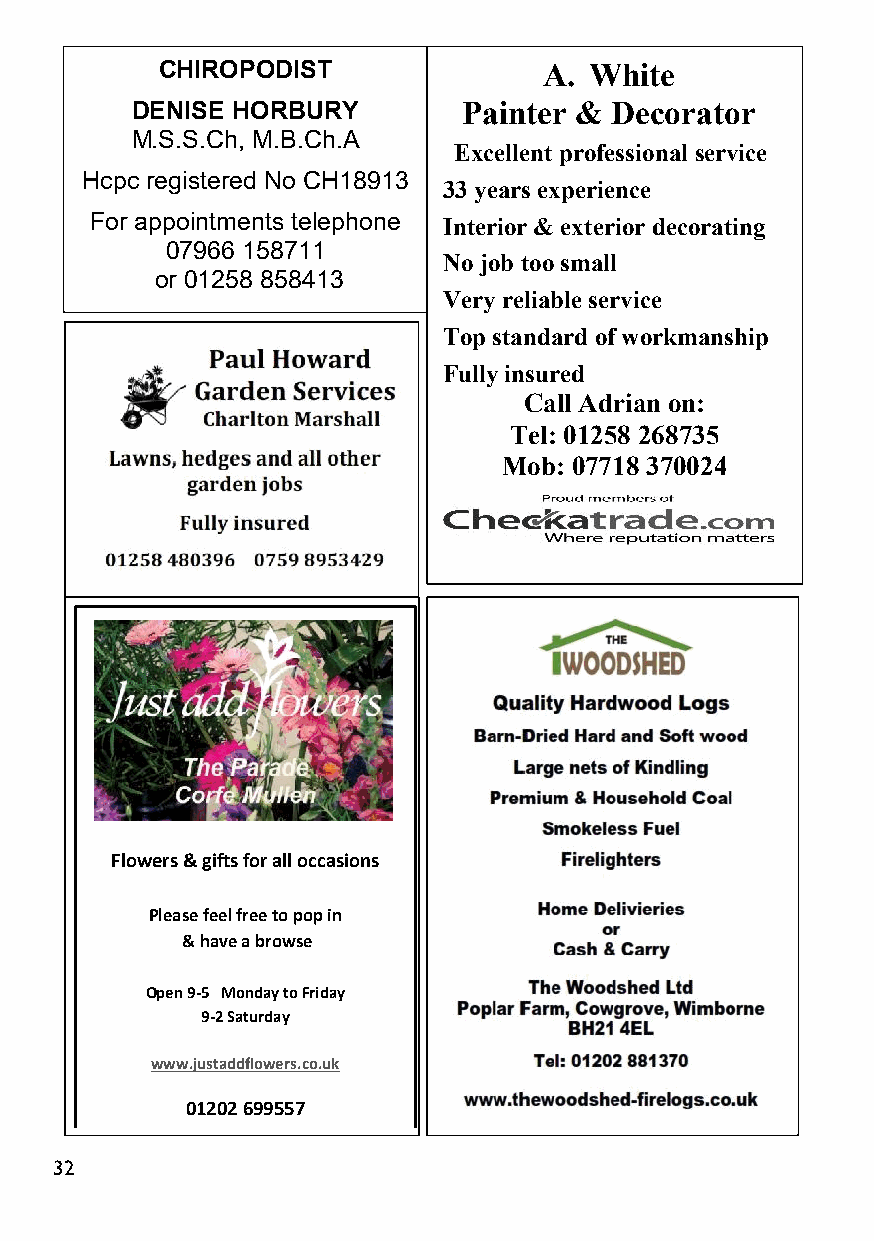
CHIROPODIST               A. White
 DENISE HORBURY        Painter & Decorator
 M.S.S.Ch, M.B.Ch.A
 Excellent professional service
 Hcpc registered No CH18913
 33 years experience
 For appointments telephone  Interior & exterior decorating
 07966 158711
  No job too small
 or 01258 858413
  Very reliable service
  Top standard of workmanship
  Fully insured
 Call Adrian on:
 Tel: 01258 268735
 Mob: 07718 370024
 Flowers& giftsfor all occasions
 Please feel free to pop in
 &have a browse
 Open 9-5 Monday toFriday
 9-2Saturday
 www.justaddflowers.co.uk
 01202 699557
 32